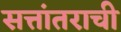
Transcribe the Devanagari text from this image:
सत्तांतराची